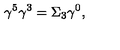
\gamma ^ { 5 } \gamma ^ { 3 } = \Sigma _ { 3 } \gamma ^ { 0 } ,